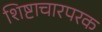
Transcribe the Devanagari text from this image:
शिष्टाचारपरक